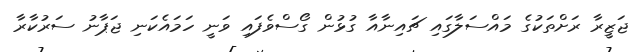
ޖަޒީރާ ރަށްތަކުގެ މައްސަލާގައި ޗައިނާއާ ގުޅުން ގޯސްވެފައި ވަނީ ހަމައެކަނި ޖަޕާނު ސަރުކާރާ